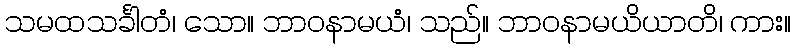
သမထသင်္ခါတံ၊ သော။ ဘာဝနာမယံ၊ သည်။ ဘာဝနာမယိယာတိ၊ ကား။